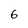
Character: 6